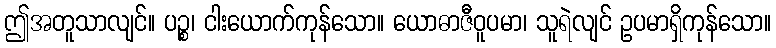
ဤအတူသာလျင်။ ပဉ္စ၊ ငါးယောက်ကုန်သော။ ယောဓာဇီဝူပမာ၊ သူရဲလျင် ဥပမာရှိကုန်သော။